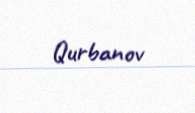
Qurbanov